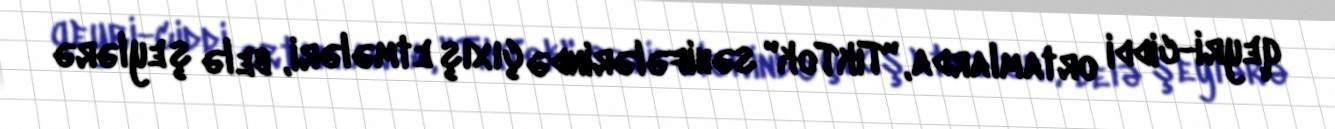
qeyri-ciddi ortamlarda, "TikTok" səhifələrində çıxış etmələri, belə şeylərə